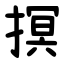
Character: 㨠